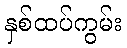
နှစ်ထပ်ကွမ်း